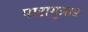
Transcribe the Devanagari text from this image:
पारागुआए